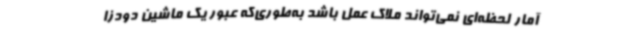
آمار لحظه‌ای نمی‌تواند ملاک عمل باشد به‌طوری‌که عبور یک ماشین دودزا